Senior Leaving Certificate Examination (including Day School Certificate (Higher) General paper), 1948
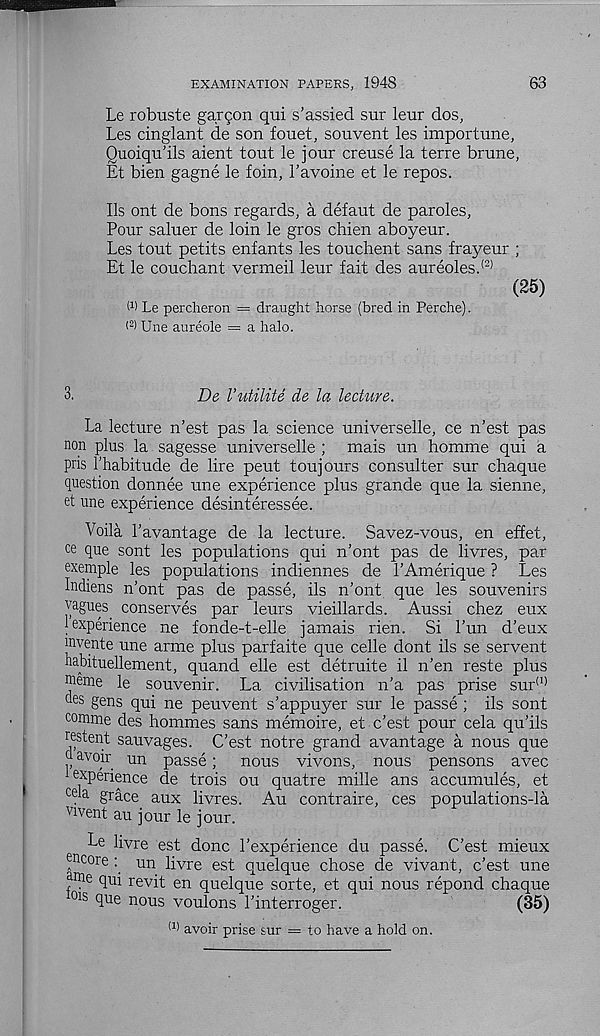
EXAMINATION PAPERS, 1948
63
Le robuste gargon qui s’assied sur leur dos,
Les cinglant de son fouet, souvent les importune,
Quoiqu’ils aient tout le jour creuse la terre brune,
Et bien gagne le foin, I’avoine et le repos.
Ils ont de bons regards, a defaut de paroles,
Pour saluer de loin le gros chien aboyeur.
Les tout petits enfants les touchent sans frayeur ;
Et le couchant vermeil leur fait des aureoles. (2)
(25)
M Le percheron = draught horse (bred in Perche).
< 2 > Une aureole = a halo.
3.
De I’utilite de la lecture.
La lecture n’est pas la science universelle, ce n’est pas
non plus la sagesse universelle ; mais un homme qui a
pris I’habitude de lire peut toujours consulter sur chaque
question donnee une experience plus grande que la sienne,
et une experience desinteressee.
Voila Lavantage de la lecture. Savez-vous, en effet,
ce que sont les populations qui n’ont pas de livres, par
exemple les populations indiennes de LAmerique ? Les
Indians n’ont pas de passe, ils n’ont que les souvenirs
vagues. conserves par leurs vieillards. Aussi chez eux
1 experience ne fonde-t-elle jamais rien. Si Fun d’eux
invente une arme plus parfaite que celle dont ils se servent
nabituellement, quand elle est detruite il n’en reste plus
ffleme le souvenir. La civilisation n’a pas prise sur (1)
des gens qui ne peuvent s’appuyer sur le passe ; ils sont
comme des hommes sans memoire, et c’est pour cela qu’ils
restent sauvages. C’est notre grand avantage a nous que
o avoir un passe;
nous vivons, nous pensons avec
ex P er ien ce de trois ou quatre mille ans accumules, et
cda grace aux livres. Au contraire, ces populations-la
vivent au jour le jour.
Le livre est done 1’experience du passe. C’est mieux
encoreun livre est quelque chose de vivant, c’est une
ante qui revit en quelque sorte, et qui nous repond chaque
015 que nous voulons 1’interroger.
(85)
(1 > avoir prise sur = to have a hold on.